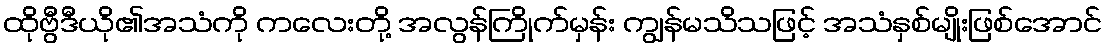
ထိုဗွီဒီယို၏အသံကို ကလေးတို့ အလွန်ကြိုက်မှန်း ကျွန်မသိသဖြင့် အသံနှစ်မျိုးဖြစ်အောင်